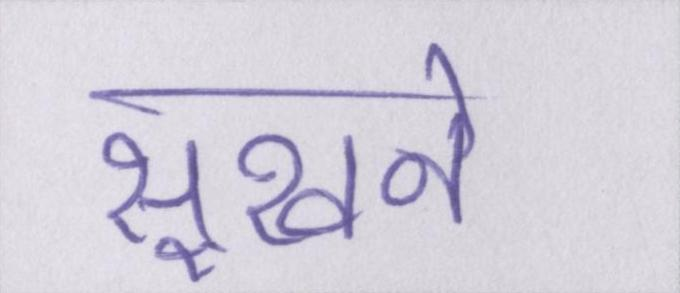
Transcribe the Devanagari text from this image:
सूखने